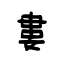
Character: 婁